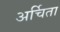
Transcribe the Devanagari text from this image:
अर्चिता